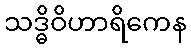
သဒ္ဓိဝိဟာရိကေန